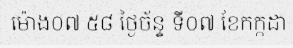
ម៉ោង០៧:៥៨ ថ្ងៃច័ន្ទ ទី០៧ ខែកក្កដា